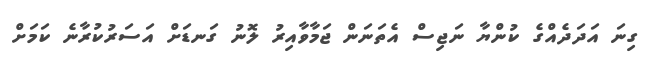
ގިނަ އަދަދެއްގެ ކުންޔާ ނަޖިސް އެތަނަން ޖަމާވާއިރު ލޮނު ގަނޑަށް އަސަރުކުރާނެ ކަމަށް